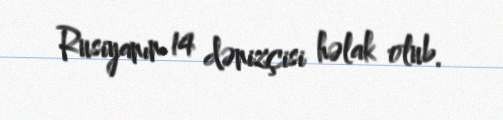
Rusiyanın 14 dənizçisi həlak olub.